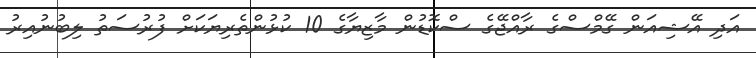
އަދި އޭޝިއަން ގޭމްސްގެ ރާއްޖޭގެ ސްކޮޑުން މާޒިޔާގެ 10 ކުޅުންތެރިޔަކަށް ފުރުސަތު ލިބުނުއިރު